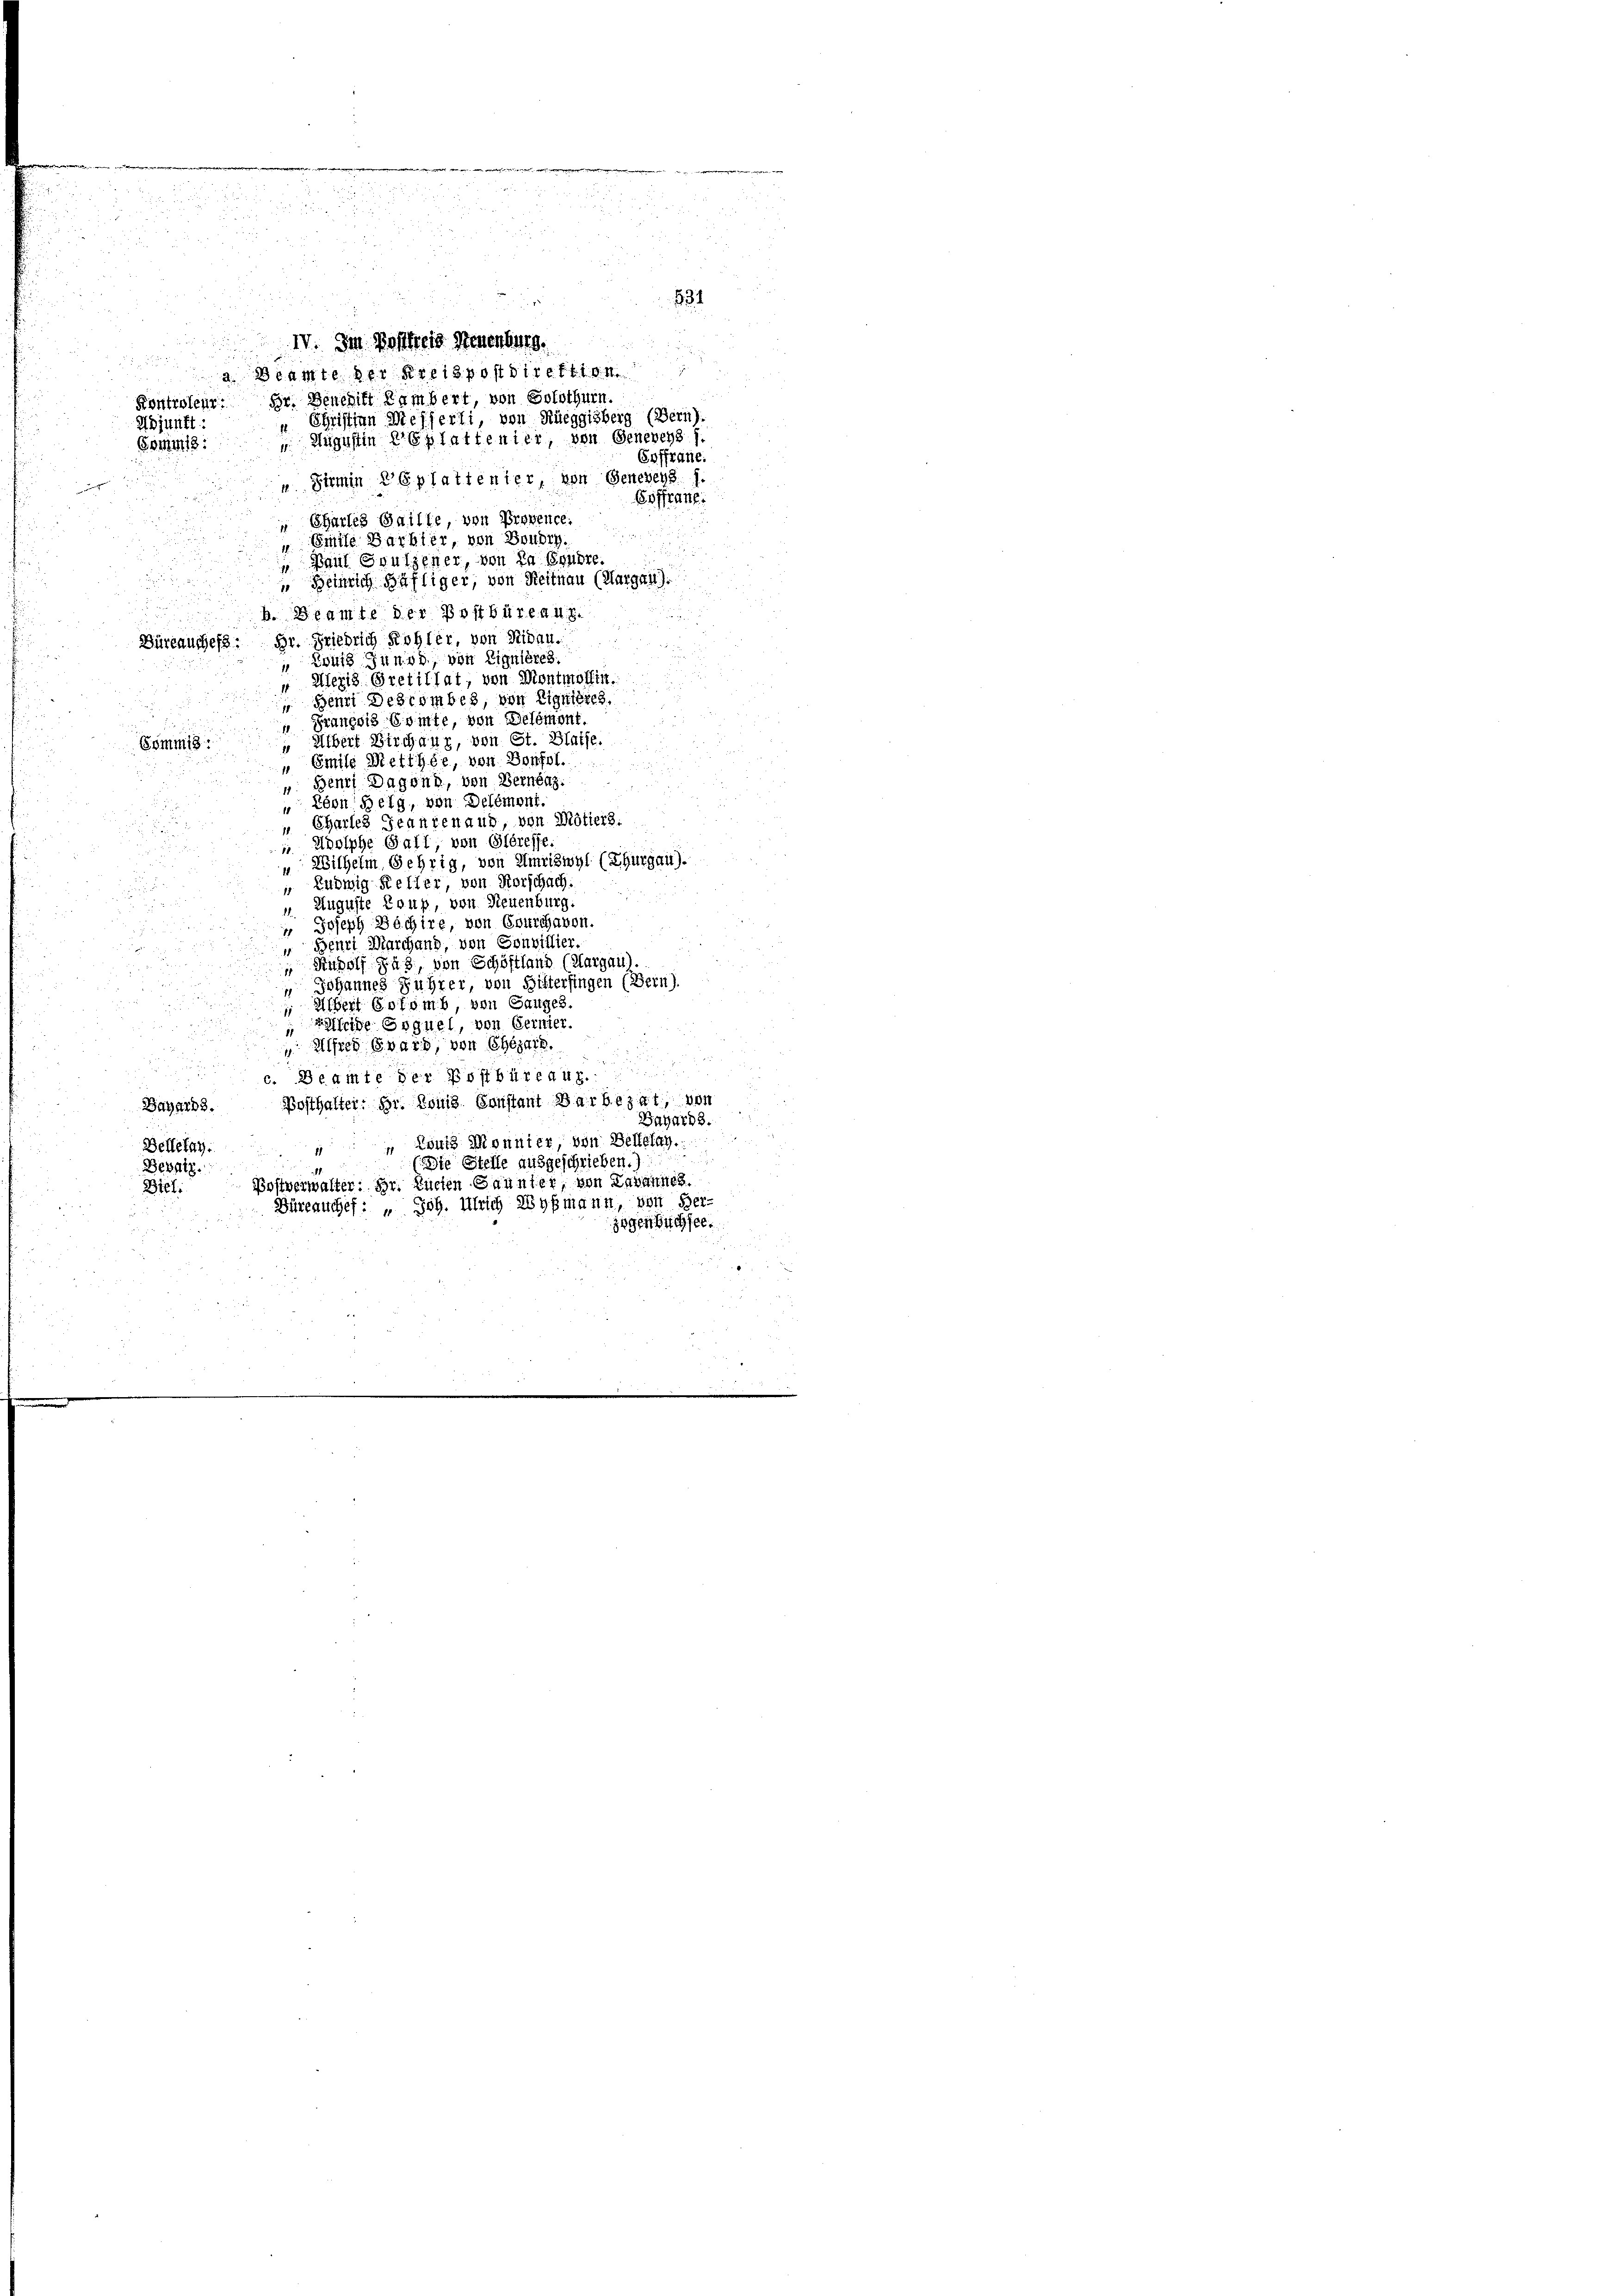
.

u

e

.
s. und in
Adjunkt:
Gommis:
Charles Gailte, von Provence.
Smite Barbier, von Boudry.
 Paul Soulsener, von in Brühre.
 Heinrich Häfliger, von Reitnau (Margau).
b. Beamte der Postbüreau
5
Büreauches. Dr. Friedrich Rohler, von Ribau.
 Louis Junod, von Eignières.
 Ulezis Gretithat, von Montmolfin
 Benni Debrombes, von Eignisses,
 Franzsis Comte, von Belement.
 Übert Birchaur, von St. Blaise.
Sömmig
" Emile Metthée, von Bonfol.
v. Benni Dagona, von Bernenz.
 Eben Berg, von Delémont.
„ Chartes Jeantenaud, von Mötiers.
" Adolphe Gall, von Gléresse.
"Wilhelm, Gehrig, von Amriswyl (Thurgau).
„ Ludwig-Keller, von Vorschach
. Auguste Loup, von Neuenburg.
 Joseph Bochire, von Bourchauen.
Benri Marchand, von Sonvillier.
 Rudolf gab, von Schöffland (Aargau).
 Johannes Führer, von Gittersingen (Bern).
 Albert Solomb, von Gauges.
Beleide Erguel, von Gernier.
 Alfred Evars, von Chezeit.
c. Beamte der Postbüreaux.
Bagarb. Posthalter: Hr. Konis sanstant Barbezat, von
Gayar18.
 Louis Monnier, von Bellelag.
Belletag.
.Die Stelle ausgeschrieben.
Besatz.
Postverwalter: Dr. Zueten Gaunter, von Lavannes.
Biel:
Büreauchef: „ Joh. Ulrich Wyßmann, von Her-
zogenbüchsel.
2

834

IV. Im Postfreis Neuenburg.
 Beamte der Kreispostdirektion
Kontroleur. Dr. Benehit Rambert, von Solothurn.
u Christian Mesferti, von Rüeggisberg (Bern)
 Augustin Esplattenier, von Generen f.
offrane.
uSirmin CGplattenler, von Genebens 1.
Goffranz.